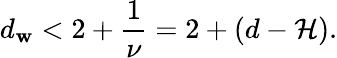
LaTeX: d_{\mathbf{w}}<2+\frac{{1}}{{\nu}}=2+(d-\mathcal{{H}}).